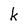
Character: k